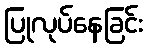
ပြုလုပ်နေခြင်း